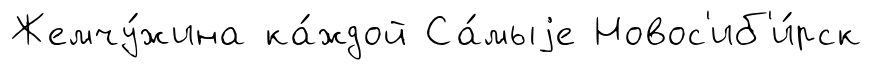
Жемчу́жина ка́ждой Са́мыjе Новос'иб'и́рск